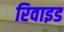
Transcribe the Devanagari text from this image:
रिवाइड